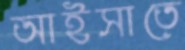
আইসাতে